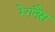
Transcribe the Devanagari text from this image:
रेगनैंस